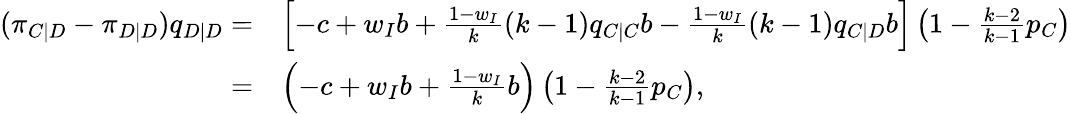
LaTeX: \begin{array}{rl}{(\pi_{C|D}-\pi_{D|D})q_{D|D}=}&{\left[-c+w_{I}b+\frac{1-w_{I}}{k}(k-1)q_{C|C}b-\frac{1-w_{I}}{k}(k-1)q_{C|D}b\right]\left(1-\frac{k-2}{k-1}p_{C}\right)}\\ {=}&{\left(-c+w_{I}b+\frac{1-w_{I}}{k}b\right)\left(1-\frac{k-2}{k-1}p_{C}\right),}\end{array}